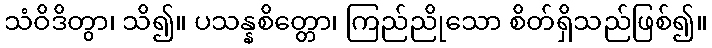
သံဝိဒိတွာ၊ သိ၍။ ပသန္နစိတ္တော၊ ကြည်ညိုသော စိတ်ရှိသည်ဖြစ်၍။